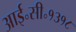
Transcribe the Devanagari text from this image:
आई॰सी॰१३१८